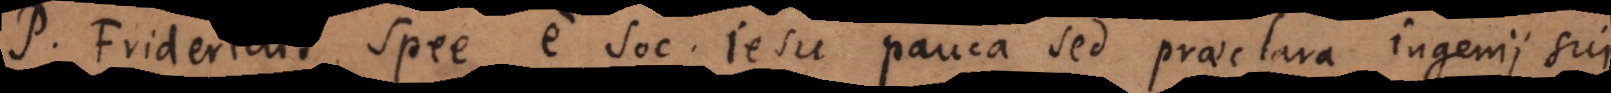
P. Fridericus Spee e Soc. Jesu pauca sed praeclara ingenii sui